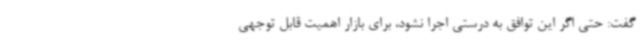
گفت: حتی اگر این توافق به درستی اجرا نشود، برای بازار اهمیت قابل توجهی